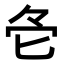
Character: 𠤓